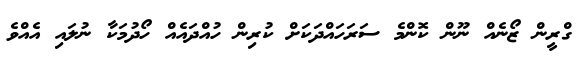
ގްރީން ޒޯނެއް ނޫން ކޮންމެ ސަރަހައްދަކަށް ކުރިން ހުއްދައެއް ހޯދުމަކާ ނުލައި އެއްވެ